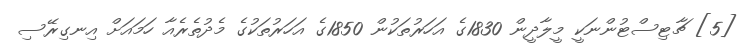
[5] ޗާޓިސްޓުންނަކީ މީލާދީން 1830ގެ އަހަރުތަކުން 1850ގެ އަހަރުތަކުގެ މެދުތެރެއާ ހަމައަށް އިނގިރޭސި